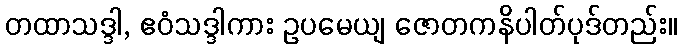
တထာသဒ္ဒါ, ဧဝံသဒ္ဒါကား ဥပမေယျ ဇောတကနိပါတ်ပုဒ်တည်း။